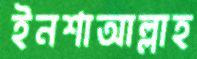
ইনশাআল্লাহ